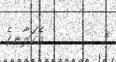
٣         އެކަލާނގެ